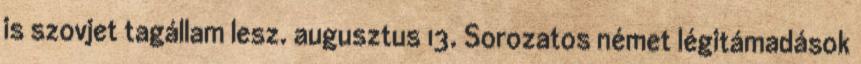
is szovjet tagállam lesz. augusztus 13. Sorozatos német légitámadások